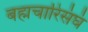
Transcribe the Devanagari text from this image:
बह्मचारिसंघं